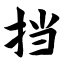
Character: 挡